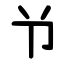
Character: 兯